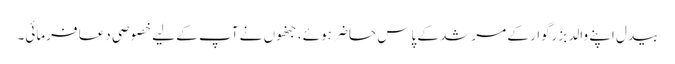
بیدل اپنے والد بزرگوار کے مرشد کے پاس حاضر ہوئے، جنھوں نے آپ کے لیے خصوصی دعا فرمائی۔